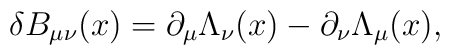
\delta B_{\mu\nu} (x) = \partial_\mu \Lambda_\nu (x) - \partial_\nu\Lambda_\mu (x),